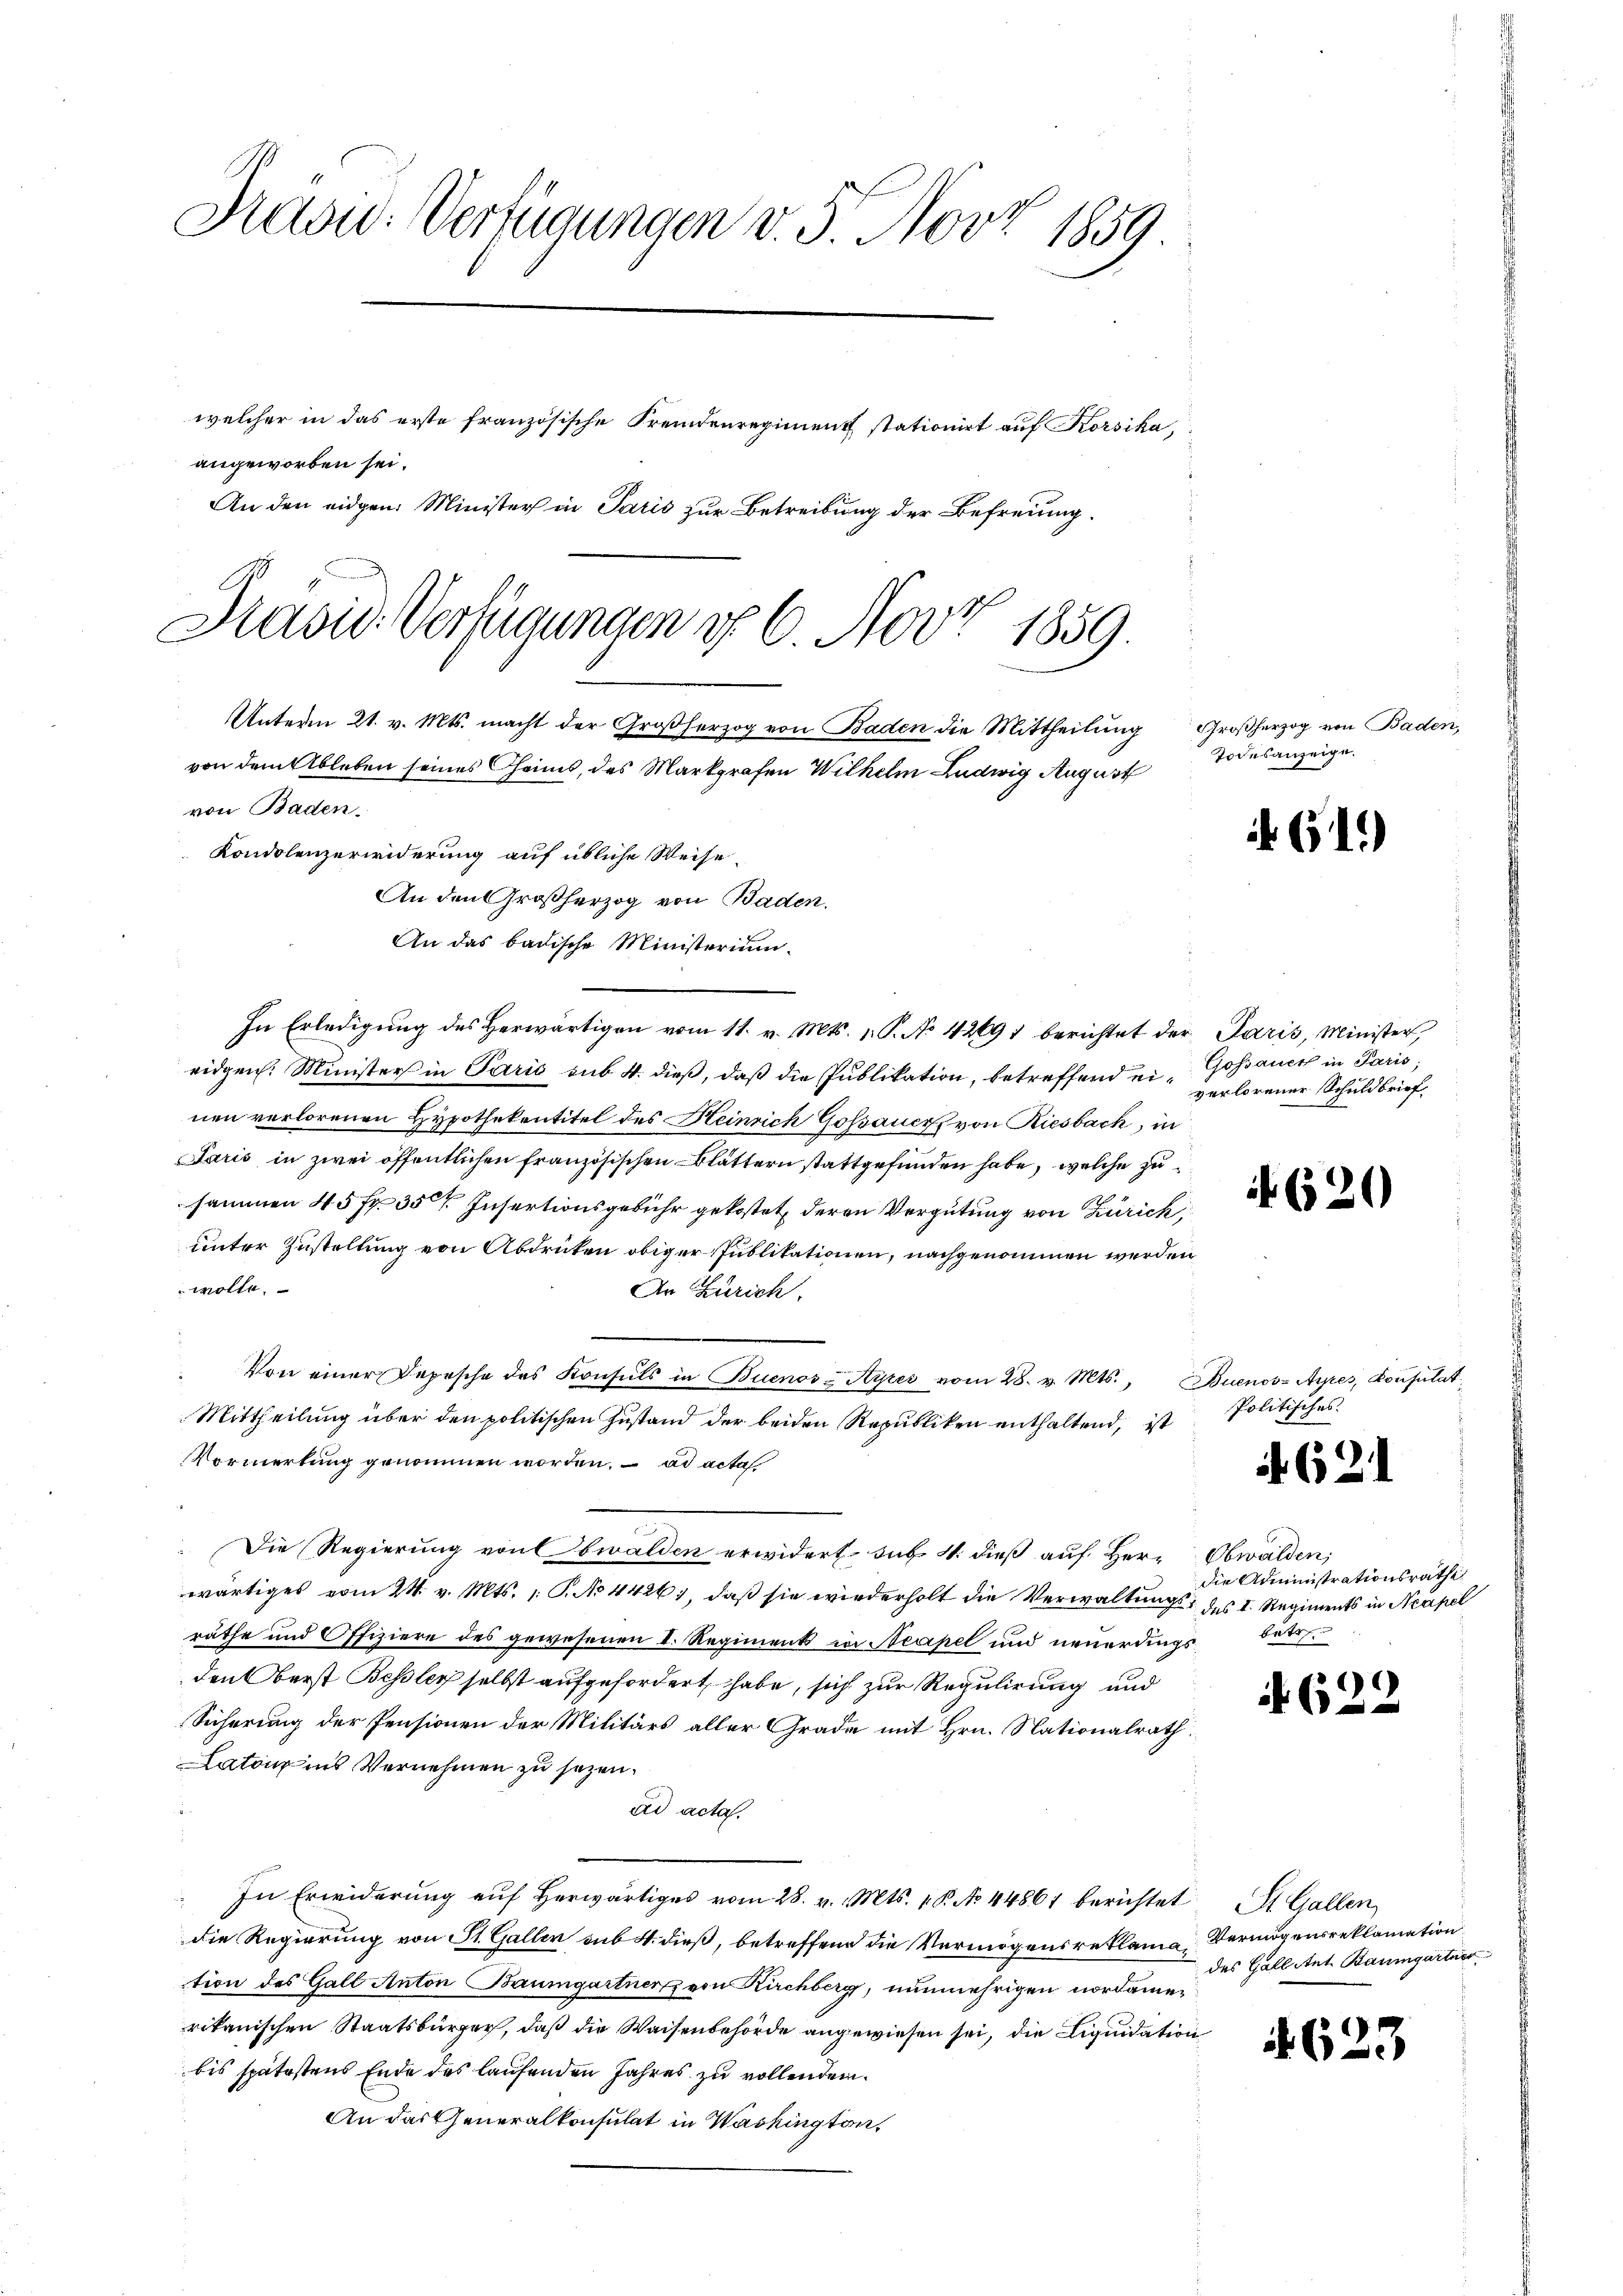
Kaowd: Verfügungen v. 3. Nov. 1859.
welcher in das erste französische Fremdenregiment stationirt auf Korsika
angeworben sei.
An den eidgen: Minister in Paris zur Betreibung der Befreiung.

von dem Ableben seines Cheims, des Markgrafen Wilhelm Ludwig August
von Baden.
Kondolenzerwiderung auf übliche Weise-
An den Großherzog von Baden.
An das badische Ministerium.

Präsid. Verfügungen u. 6. Nov. 1859.

In Erledigung des Herwärtigen vom 11. v. Mts. 1. P. No 42691 berichtet der Paris, Minister,
eidgen. Minister in Paris sub 4. dieß, daß die Publikation, betreffend ei-Gossanct in Paris,
nen verlorenen Hypothekentitel des Heinrich Gossauer von Riesbach, in
Paris in zwei öffentlichen französischen Blättern stattgefunden habe, welche zu
sammen 45 Fr. 35 Insertionsgebühr gekostet, deren Vergütung von Zürich
unter Zustellung von Abdrücken obiger Publikationen, nachgenommen werden
wolle.
An Zürich.
Von einer Depesche des Konsuls in Buenos-Ayres vom 28. v. Mts. Buenos-Ayres, Konsulat
Mittheilung über den politischen Zustand der beiden Republiken enthaltend, ist
Vormerkung genommen worden. ad acta
Die Regierung von Obwalden erwidert sub 14. dieß auf Her-
wärtiges vom 24. v. Mts. 1. P. No 4426), daß sie wiederholt die Verwaltungs des I. Regiments in Neapel
räthe und Offiziere des gewesenen I. Regiments in Neapel und neuerdings betr.
den Oberst Bessler selbst aufgefordert habe, sich zur Regulirung und
Sicherung der Pensionen der Militärs aller Grade mit Hrn. Nationalrath
Latone ins Vernehmen zu sezen.
ad acta.
In Erwiderŭng aŭf herwärtiges vom 28. v. Mts. 1 P. No 44861 berichtet St. Gallen,
die Regierung von St. Galler sub 4. dieß, betreffend die Vermögensreklamation des Galt Anton Baumgartner von Kirchberg, nunmehrigen nordamerikanischen Staatsbürger, daß die Waisenbehörde angewiesen sei, die Liquidation
bis spätestens Ende des laufenden Jahres zu vollenden.
An das Generalkonsulat in Washington,

Unterm 21. v. Mts. macht der Großherzog von Baden die Mittheilung Großherzog von Baden,

Todesanzeige.

verlorener Schuldbrief.

Politisches

Obwalden,
die Administrationsrathe

Vermögensreklamation
des Gall Ant. Baumgartner

611)

6.

A. 621

62

)

623